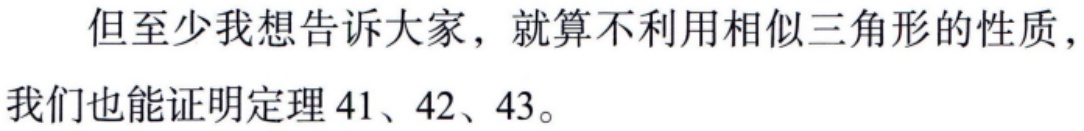
但至少我想告诉大家，就算不利用相似三角形的性质，我们也能证明定理 41、42、43。